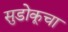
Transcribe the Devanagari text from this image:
सुडोकूचा